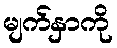
မျက်နှာကို